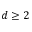
d \geq 2